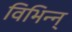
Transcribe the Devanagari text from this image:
विभिन्न्